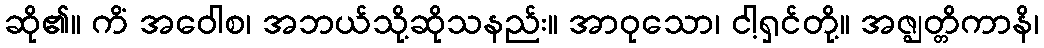
ဆို၏။ ကိံ အဝေါစ၊ အဘယ်သို့ဆိုသနည်း။ အာဝုသော၊ ငါ့ရှင်တို့။ အဇ္ဈတ္တိကာနိ၊